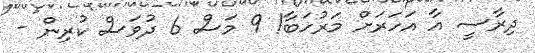
ދިރާސީ އާ އަހަރަށް މަރުހަބާ! 9 މަސް 6 ދުވަސް ކުރިން -